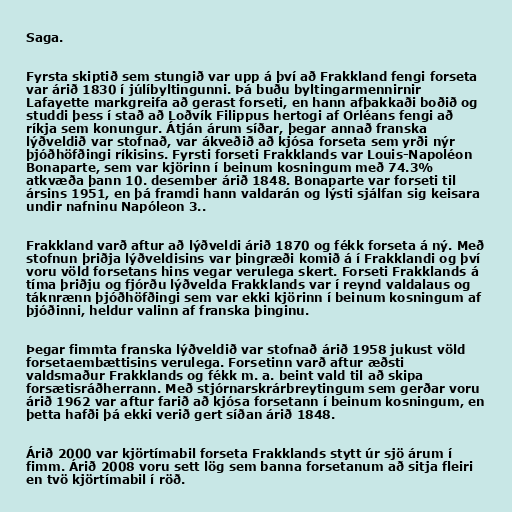
Saga.

Fyrsta skiptið sem stungið var upp á því að Frakkland fengi forseta
var árið 1830 í júlíbyltingunni. Þá buðu byltingarmennirnir
Lafayette markgreifa að gerast forseti, en hann afþakkaði boðið og
studdi þess í stað að Loðvík Filippus hertogi af Orléans fengi að
ríkja sem konungur. Átján árum síðar, þegar annað franska
lýðveldið var stofnað, var ákveðið að kjósa forseta sem yrði nýr
þjóðhöfðingi ríkisins. Fyrsti forseti Frakklands var Louis-Napoléon
Bonaparte, sem var kjörinn í beinum kosningum með 74.3%
atkvæða þann 10. desember árið 1848. Bonaparte var forseti til
ársins 1951, en þá framdi hann valdarán og lýsti sjálfan sig keisara
undir nafninu Napóleon 3..

Frakkland varð aftur að lýðveldi árið 1870 og fékk forseta á ný. Með
stofnun þriðja lýðveldisins var þingræði komið á í Frakklandi og því
voru völd forsetans hins vegar verulega skert. Forseti Frakklands á
tíma þriðju og fjórðu lýðvelda Frakklands var í reynd valdalaus og
táknrænn þjóðhöfðingi sem var ekki kjörinn í beinum kosningum af
þjóðinni, heldur valinn af franska þinginu.

Þegar fimmta franska lýðveldið var stofnað árið 1958 jukust völd
forsetaembættisins verulega. Forsetinn varð aftur æðsti
valdsmaður Frakklands og fékk m. a. beint vald til að skipa
forsætisráðherrann. Með stjórnarskrárbreytingum sem gerðar voru
árið 1962 var aftur farið að kjósa forsetann í beinum kosningum, en
þetta hafði þá ekki verið gert síðan árið 1848.

Árið 2000 var kjörtímabil forseta Frakklands stytt úr sjö árum í
fimm. Árið 2008 voru sett lög sem banna forsetanum að sitja fleiri
en tvö kjörtímabil í röð.